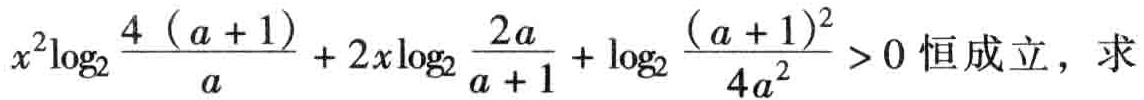
\(x^{2}\log_{2}\frac{4(a + 1)}{a}+2x\log_{2}\frac{2a}{a + 1}+\log_{2}\frac{(a + 1)^{2}}{4a^{2}}>0\)恒成立，求